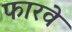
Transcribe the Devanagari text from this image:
फारवे